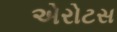
એરોટસ